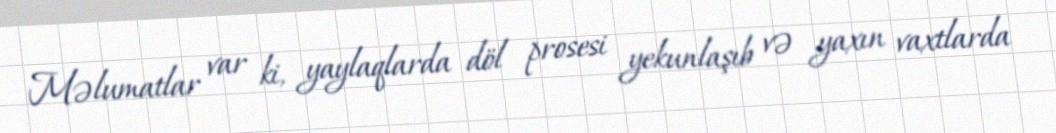
Məlumatlar var ki, yaylaqlarda döl prosesi yekunlaşıb və yaxın vaxtlarda